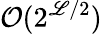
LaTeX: \mathcal{O}(2^{{\scriptstyle\mathscr{L}}/2})